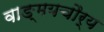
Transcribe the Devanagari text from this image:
वाङ्‌मयचौर्य